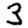
Digit: 3